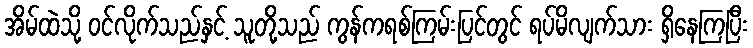
အိမ်ထဲသို့ ဝင်လိုက်သည်နှင့် သူတို့သည် ကွန်ကရစ်ကြမ်းပြင်တွင် ရပ်မိလျက်သား ရှိနေကြပြီး